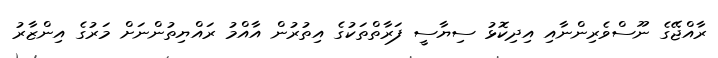
ރާއްޖޭގެ ނޫސްވެރިންނާއި އިދިކޮޅު ސިޔާސީ ފަރާތްތަކުގެ އިތުރުން އާއްމު ރައްޔިތުންނަށް މަރުގެ އިންޒާރު